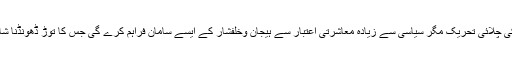
پیر حمید اللہ سیالوی کی چلائی تحریک مگر سیاسی سے زیادہ معاشرتی اعتبار سے ہیجان وخلفشار کے ایسے سامان فراہم کرے گی جس کا توڑ ڈھونڈنا شاید ناممکن ہوجائے گا۔